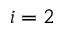
i = 2